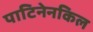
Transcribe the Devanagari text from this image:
पाटिनेनकिल